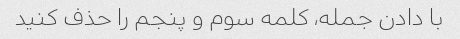
با دادن جمله، کلمه سوم و پنجم را حذف کنید